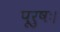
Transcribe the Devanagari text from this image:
पूरुषः।